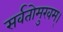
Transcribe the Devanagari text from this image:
सर्वतोमुखम्।